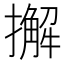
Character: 𢶷